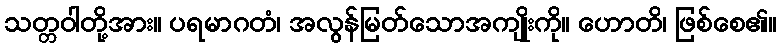
သတ္တဝါတို့အား။ ပရမာဂတံ၊ အလွန်မြတ်သောအကျိုးကို။ ဟောတိ၊ ဖြစ်စေ၏။